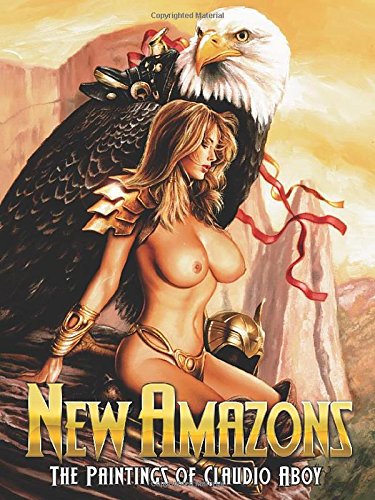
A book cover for New Amazons; Claudio Aboy; Comics & Graphic Novels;